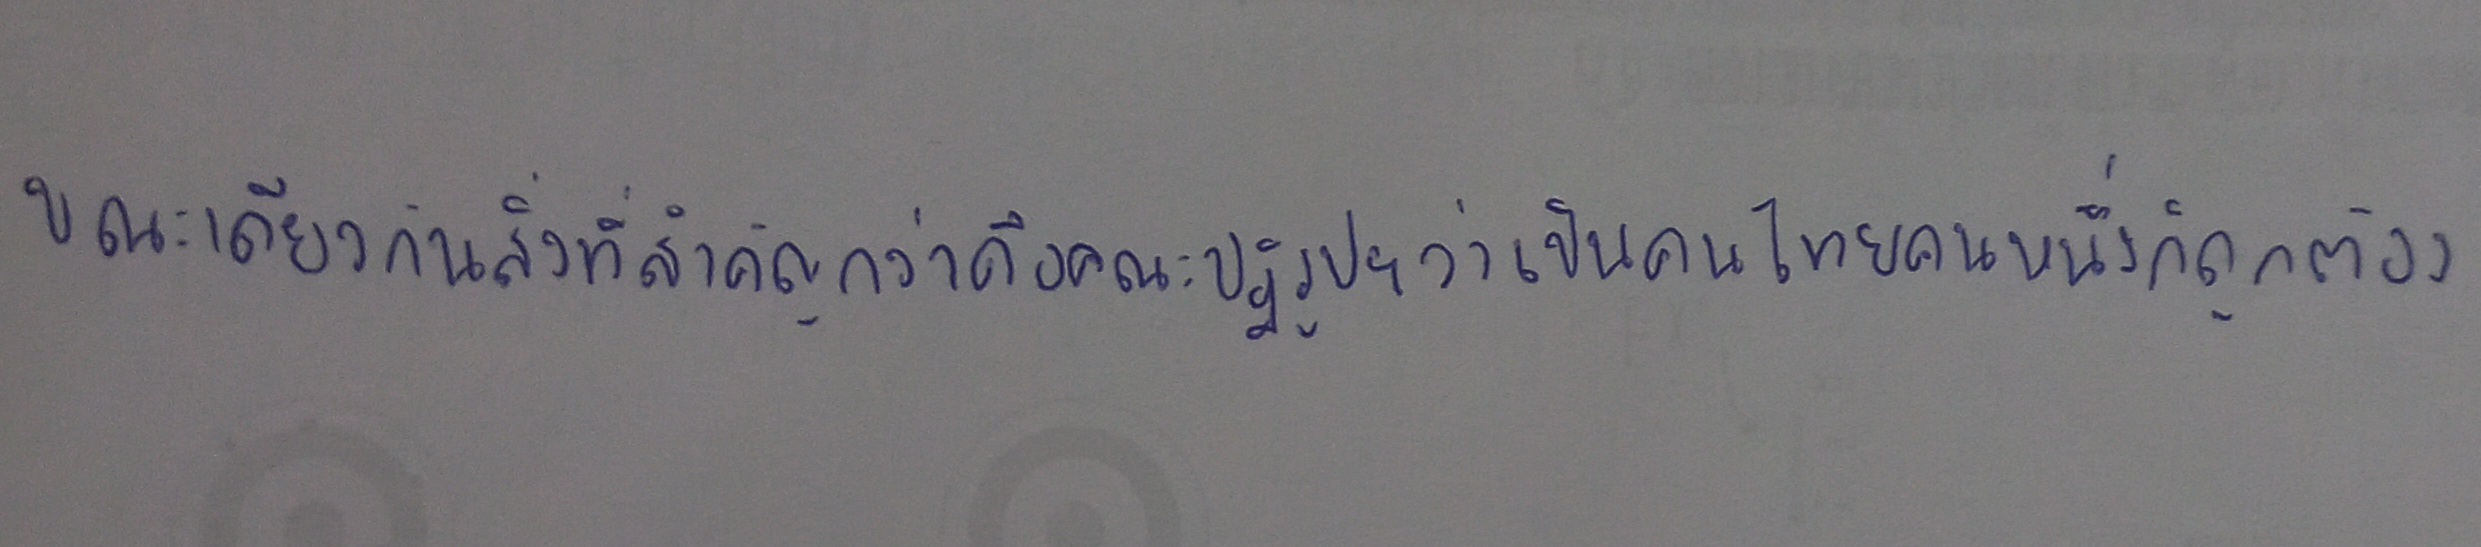
ขณะเดียวกันสิ่งที่สำคัญกว่าคือคณะปฏิรูปฯว่าเป็นคนไทยคนหนึ่งก็ถูกต้อง